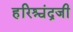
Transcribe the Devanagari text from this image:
हरिश्चंद्रजी